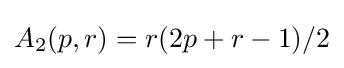
A_{2}(p,r)=r(2p+r-1)/2